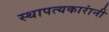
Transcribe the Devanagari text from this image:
स्थापत्यकारांनी